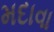
મદાવા